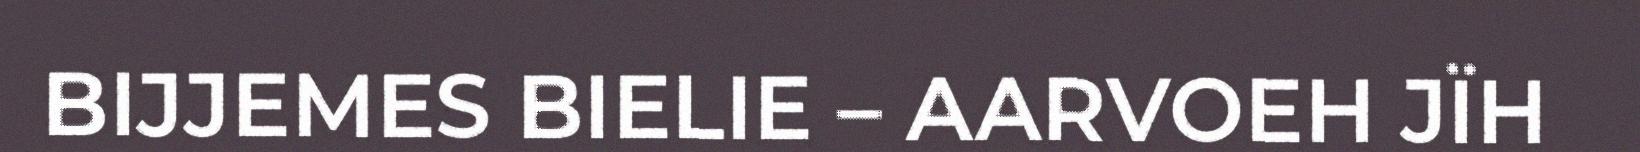
BIJJEMES BIELIE – AARVOEH JÏH